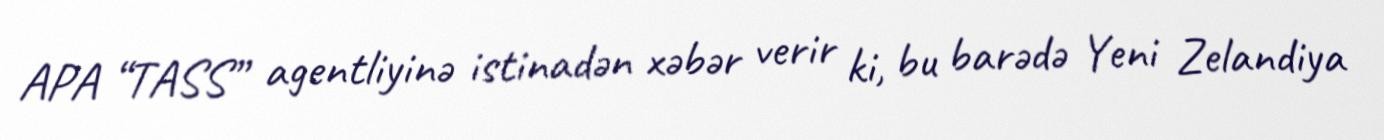
APA “TASS” agentliyinə istinadən xəbər verir ki, bu barədə Yeni Zelandiya